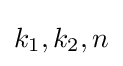
k_{1},k_{2},n